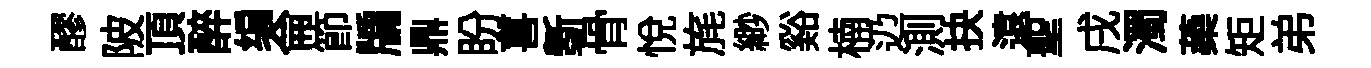
醪陂頂醉编侖節牖鼎盼喜斵骨悅旄緲谿楠辸測抉遠聖戌濁蘃矩弟